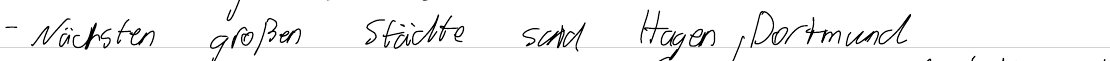
- Nächsten großen Städte sind Hagen, Dortmund